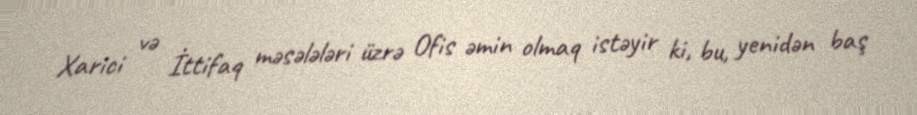
Xarici və İttifaq məsələləri üzrə Ofis əmin olmaq istəyir ki, bu, yenidən baş